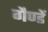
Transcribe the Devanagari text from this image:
गैण्डें